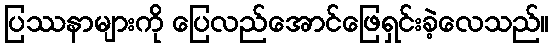
ပြဿနာများကို ပြေလည်အောင်ဖြေရှင်းခဲ့လေသည်။